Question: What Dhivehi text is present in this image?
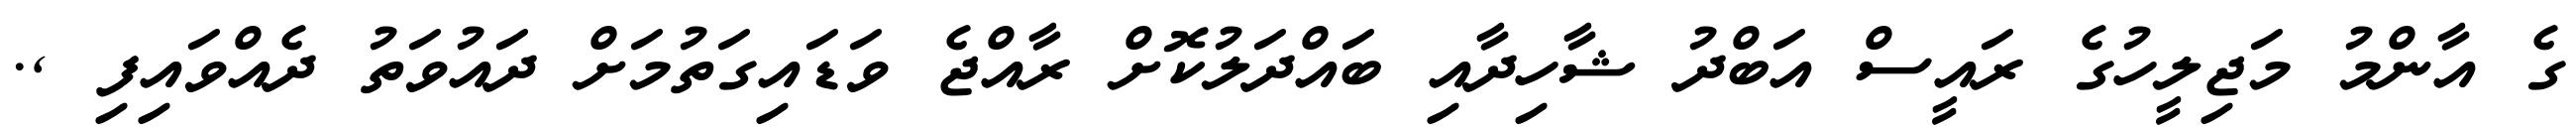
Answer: ގެ އާންމު މަޖިލީހުގެ ރައީސް އަބްދު ޝާހިދާއި ބައްދަލުކޮށް ރާއްޖެ ވަޑައިގަތުމަށް ދައުވަތު ދެއްވައިފި ,.